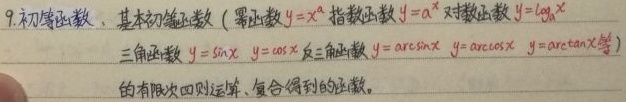
9. 初等函数：基本初等函数（幂函数 \(y = x^{\alpha}\)，指数函数 \(y = a^{x}\)，对数函数 \(y=\log_{a}x\)，三角函数 \(y = \sin x\)，\(y = \cos x\)，反三角函数 \(y = \arcsin x\)，\(y = \arccos x\)，\(y = \arctan x\) 等）的有限次四则运算、复合得到的函数。